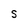
Character: S